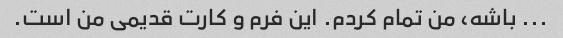
... باشه، من تمام کردم. این فرم و کارت قدیمی من است.